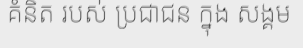
គំនិត របស់ ប្រជាជន ក្នុង សង្គម